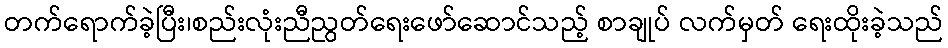
တက်ရောက်ခဲ့ပြီး၊စည်းလုံးညီညွတ်ရေးဖော်ဆောင်သည့် စာချုပ် လက်မှတ် ရေးထိုးခဲ့သည်